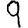
Digit: 9